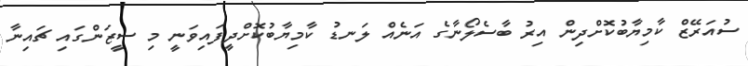
ސުއަރޭޒް ކާމިޔާބުކޮށްދިން އިރު ބާސެލޯނާގެ އަނެއް ލަނޑު ކާމިޔާބުކޮށްދީފައިވަނީ މި ސީޒަންގައި ޗައިނާ